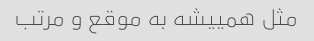
مثل همییشه به موقع و مرتب